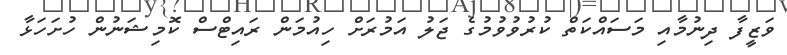
ވަޒީފާ ދިނުމާއި މަސައްކަތް ކުރުވުވުމުގެ ޖަލު އަމުރަށް ހިއުމަން ރައިޓްސް ކޮމިޝަނުން ހުށަހަޅާ